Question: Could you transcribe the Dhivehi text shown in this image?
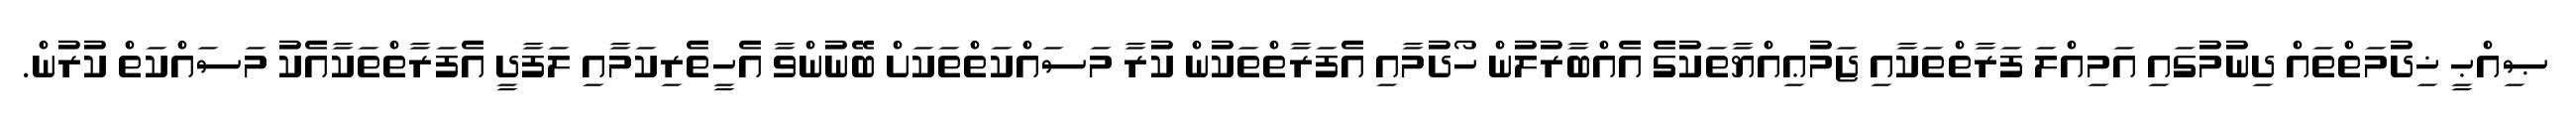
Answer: ޞިއްޙީ ޚިދުމަތްތައް ދިނުމުގައި އަމިއްލަ ފަރާތްތަކާއި ޖަމުޢިއްޔާތަކުގެ އެއްބާރުލުން ހޯދުމާއި އެފަރާތްތަކުން ކުރާ މަސައްކަތްތަކަށް ބޭނުންވާ އެހީތެރިކަމާއި ލަފާދީ އެފަރާތްތަކާއެކު މަސައްކަތް ކުރުން.